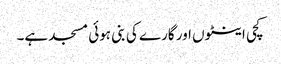
کچی اینٹوں اور گارے کی بنی ہوئی مسجد ہے۔